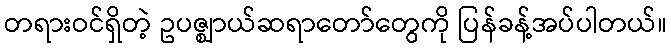
တရားဝင်ရှိတဲ့ ဥပဇ္ဈာယ်ဆရာတော်တွေကို ပြန်ခန့်အပ်ပါတယ်။